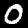
Label: 0